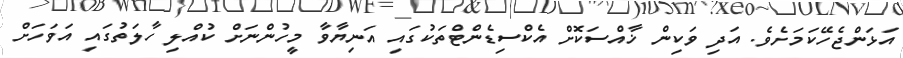
އަޅަންޖެހޭކަމަށެވެ. އަދި ވަކިން ޚާއްސަކޮށް އެކްސިޑެންޓްތަކުގައި އަނިޔާވާ މީހުންނަށް ކުއްލި ހާލަތުގައި އަވަހަށް